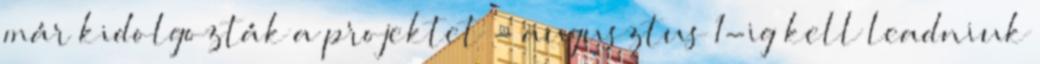
már kidolgozták a projektet - augusztus 1-ig kell leadniuk